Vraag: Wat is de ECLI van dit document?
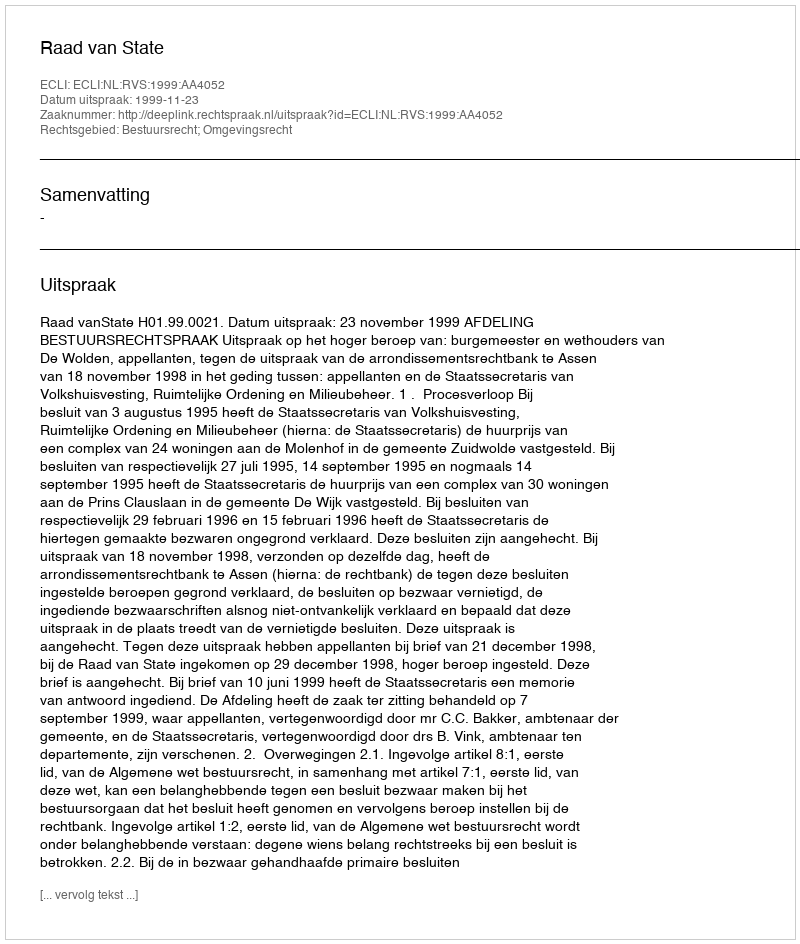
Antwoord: ECLI:NL:RVS:1999:AA4052